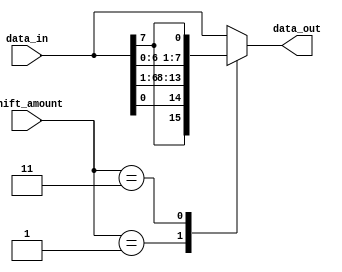
module barrel_shifter (
    input wire [7:0] data_in,
    input wire [3:0] shift_amount,
    output wire [7:0] data_out
);

reg [7:0] temp_data;

always @(*) begin
    case (shift_amount)
        4'b0000: temp_data = data_in;
        4'b0001: temp_data = {data_in[7], data_in[0], data_in[6:1]};
        4'b0010: temp_data = {data_in[7:6], data_in[5:0]};
        4'b0011: temp_data = {data_in[7:5], data_in[4:0], data_in[7]};
        // Add more cases for additional shifting operations
        
        default: temp_data = data_in;
    endcase
end

assign data_out = temp_data;

endmodule